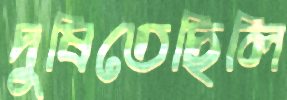
দুষিতেছিলি